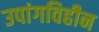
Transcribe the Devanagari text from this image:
उपांगविहीन